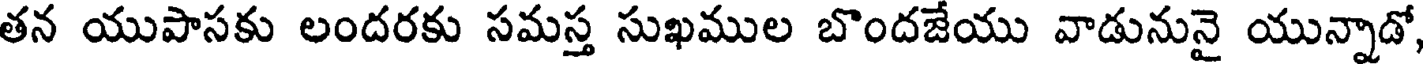
తన యుపాసకు లందరకు సమస్త సుఖముల బొందజేయు వాడునునై యున్నాడో